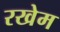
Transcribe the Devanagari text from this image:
रखेम